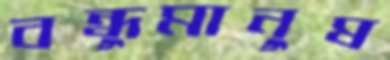
বন্ধুমানুষ